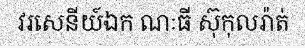
វរសេនីយ៍ឯក ណៈធី ស៊ុកុលរ៉ាត់